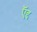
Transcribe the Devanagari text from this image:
ऍद्द